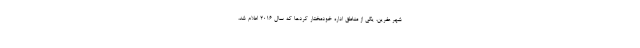
شهر عفرین، یکی از مناطق اداره خودمختار کردها که سال ۲۰۱۶ اعلام شد،